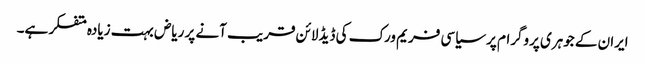
ایران کے جوہری پروگرام پر سیاسی فریم ورک کی ڈیڈلائن قریب آنے پر ریاض بہت زیادہ متفکر ہے۔